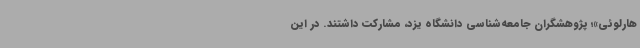
هارلوئی»؛ پژوهشگران جامعه‌شناسی دانشگاه یزد، مشارکت داشتند. در این